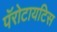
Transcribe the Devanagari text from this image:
पॅरोटायटिस